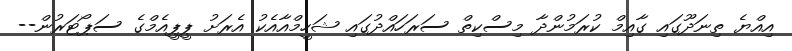
އިއްޔެ ތިނަދޫގައި ގާއިމް ކުރަމުންދާ މިސްކިތް ސަރަހައްދުގައި ޝަހީމްއާއެކު އެރަށު ޕީޕީއެމްގެ ސަޕޯޓަރުން--